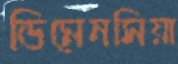
ডিমেনসিয়া